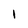
Character: 1